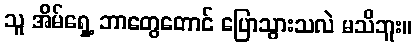
သူ အိမ်ရှေ့ ဘာတွေတောင် ပြောသွားသလဲ မသိဘူး။